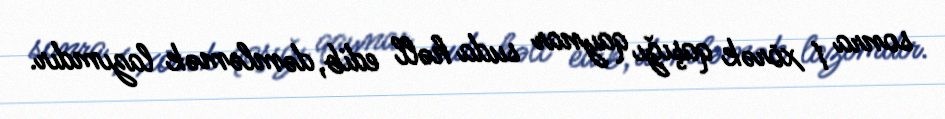
sonra 1 xörək qaşığı qaynar suda həll edib, dəmləmək lazımdır.